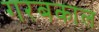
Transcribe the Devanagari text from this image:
गरबकाल